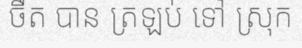
ចឺត បាន ត្រឡប់ ទៅ ស្រុក